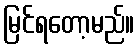
မြင်ရတော့မည်။